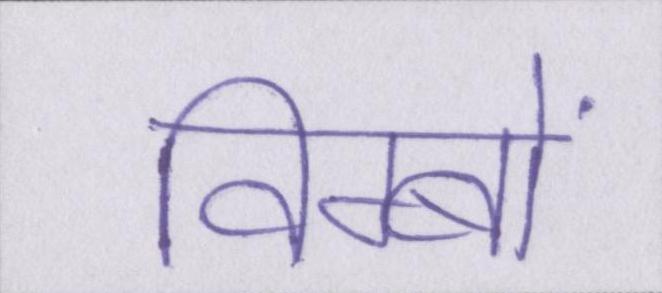
विम्बों